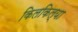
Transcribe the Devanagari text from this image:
किलकिल्या